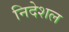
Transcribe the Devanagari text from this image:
निदेशल